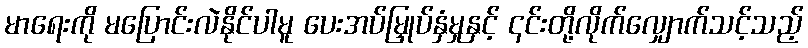
မာရေးကို မပြောင်းလဲနိုင်ပါမူ ပေးအပ်မြှုပ်နှံမှုနှင့် ၎င်းတို့လိုက်လျှောက်သင့်သည့်